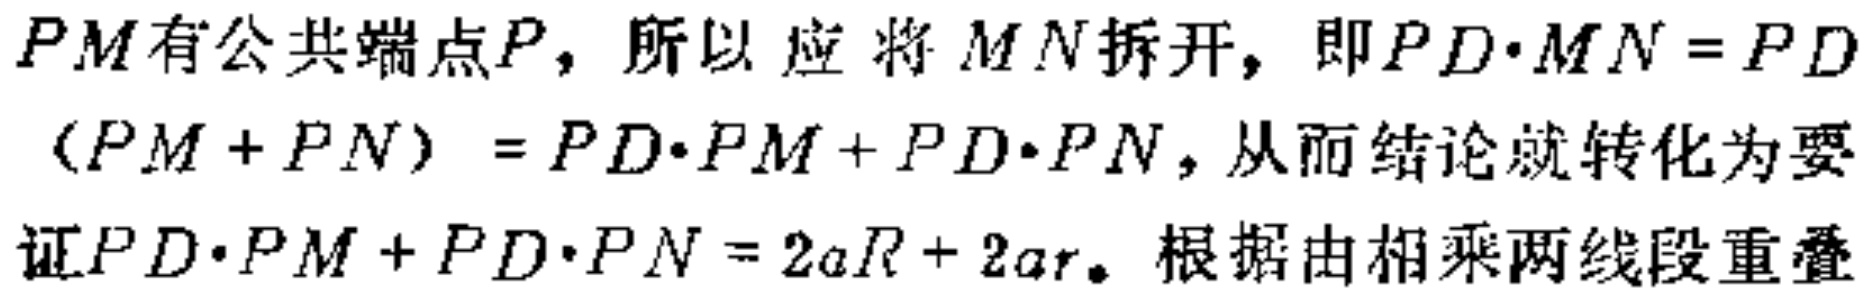
$PM有公共端点P，所以应将MN拆开，即PD\cdot MN = PD$
$(PM + PN) = PD\cdot PM + PD\cdot PN，从而结论就转化为要$
$证PD\cdot PM + PD\cdot PN = 2aR + 2ar。根据由相乘两线段重叠$